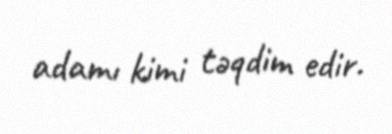
adamı kimi təqdim edir.